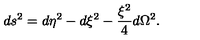
d s ^ { 2 } = d \eta ^ { 2 } - d \xi ^ { 2 } - \frac { \xi ^ { 2 } } { 4 } d \Omega ^ { 2 } .